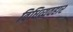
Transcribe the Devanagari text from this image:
विधिव्यवहार